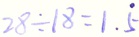
2 8 \div 1 8 = 1 . \dot { 5 }